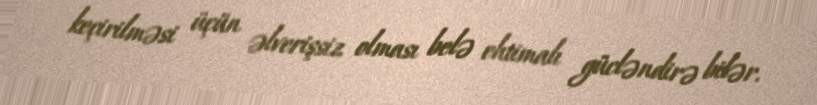
keçirilməsi üçün əlverişsiz olması belə ehtimalı gücləndirə bilər.